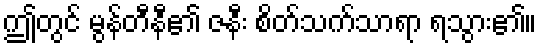
ဤတွင် မွန်တီနီ၏ ဇနီး စိတ်သက်သာရာ ရသွား၏။